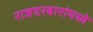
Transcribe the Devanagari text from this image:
राजदरबारांमध्ये